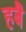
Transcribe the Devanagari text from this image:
हबै